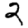
Digit: 2